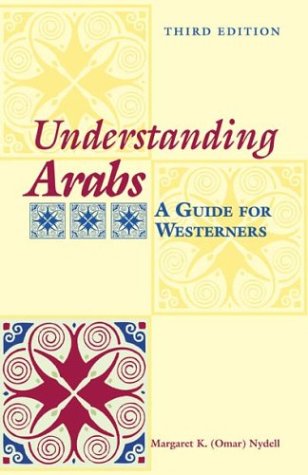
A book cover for Understanding Arabs: A Guide for Westerners (The Interact Series); Margaret K. Nydell; Travel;